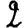
Digit: 2